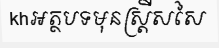
khអត្ថបទមុនស្ត្រីសសៃ